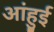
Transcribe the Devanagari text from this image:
आंहुई